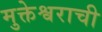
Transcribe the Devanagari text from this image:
मुक्तेश्वराची